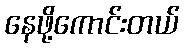
နေဖို့ကောင်းတယ်